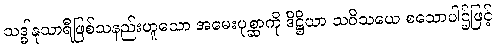
သဒ္ဓါနုသာရီဖြစ်သနည်းဟူသော အမေးပုစ္ဆာကို ဒိဋ္ဌိယာ သဝိသယေ စသောပါဌ်ဖြင့်